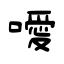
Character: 噯